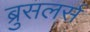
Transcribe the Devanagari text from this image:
ब्रुसलर्स